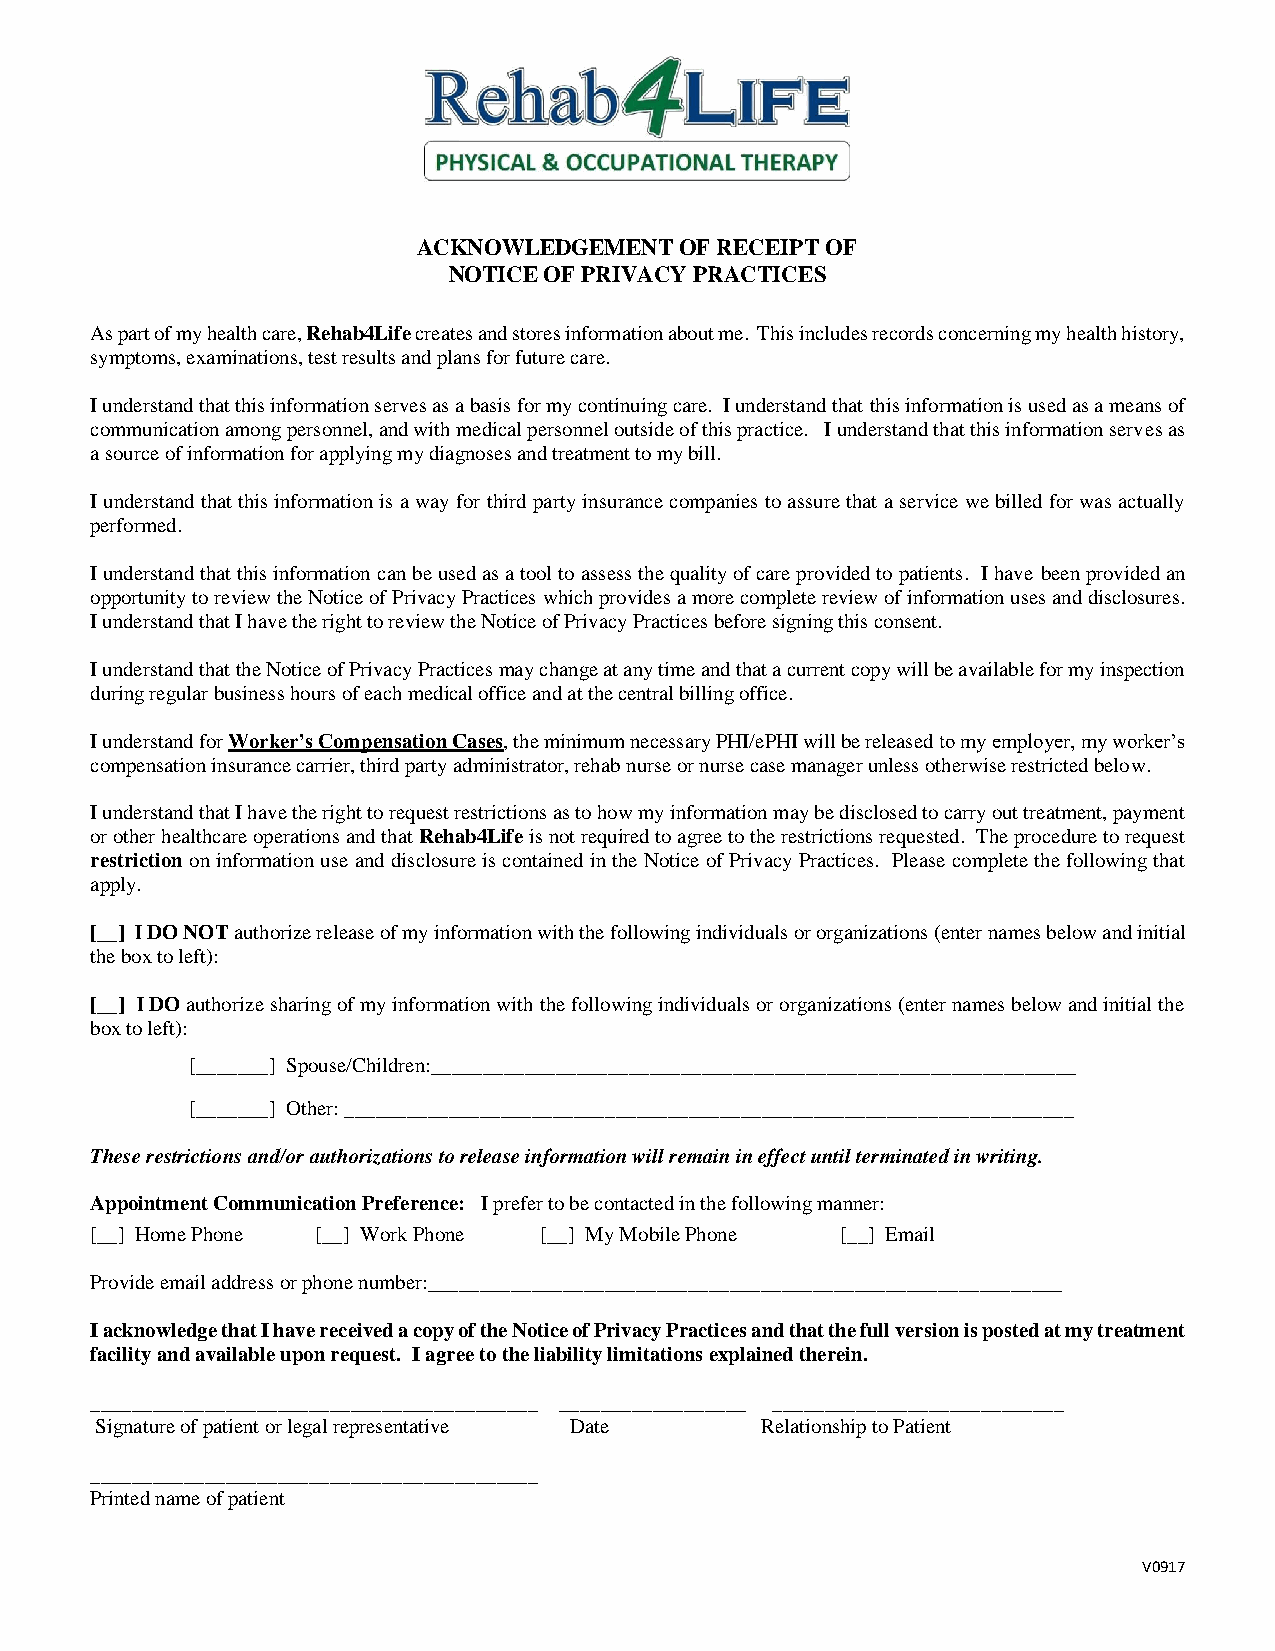
ACKNOWLEDGEMENT  OF RECEIPT OF
 NOTICE OF PRIVACY PRACTICES
 As part of my health care, Rehab4Life creates and stores information about me. This includes records concerning my health history,
 symptoms, examinations, test results and plans for future care.
 I understand that this information serves as a basis for my continuing care. I understand that this information is used as a means of
 communication among personnel, and with medical personnel outside of this practice. I understand that this information serves as
 a source of information for applying my diagnoses and treatment to my bill.
 I understand that this information is a way for third party insurance companies to assure that a service we billed for was actually
 performed.
 I understand that this information can be used as a tool to assess the quality of care provided to patients. I have been provided an
 opportunity to review the Notice of Privacy Practices which provides a more complete review of information uses and disclosures.
 I understand that I have the right to review the Notice of Privacy Practices before signing this consent.
 I understand that the Notice of Privacy Practices may change at any time and that a current copy will be available for my inspection
 during regular business hours of each medical office and at the central billing office.
 I understand for Worker’s Compensation Cases, the minimum necessary PHI/ePHI will be released to my employer, my worker’s
 compensation insurance carrier, third party administrator, rehab nurse or nurse case manager unless otherwise restricted below.
 I understand that I have the right to request restrictions as to how my information may be disclosed to carry out treatment, payment
 or other healthcare operations and that Rehab4Life is not required to agree to the restrictions requested. The procedure to request
 restriction on information use and disclosure is contained in the Notice of Privacy Practices. Please complete the following that
 apply.
 [__] I DO NOT authorize release of my information with the following individuals or organizations (enter names below and initial
 the box to left):
 [__] I DO authorize sharing of my information with the following individuals or organizations (enter names below and initial the
 box to left):
 [_______] Spouse/Children:______________________________________________________________
 [_______] Other: ______________________________________________________________________
 These restrictions and/or authorizations to release information will remain in effect until terminated in writing.
 Appointment Communication Preference: I prefer to be contacted in the following manner:
 [__] Home Phone [__] Work Phone [__] My Mobile Phone [__] Email
 Provide email address or phone number:_____________________________________________________________
 I acknowledge that I have received a copy of the Notice of Privacy Practices and that the full version is posted at my treatment
 facility and available upon request. I agree to the liability limitations explained therein.
 ___________________________________________ __________________ ____________________________
 Signature of patient or legal representative Date Relationship to Patient
 ___________________________________________
 Printed name of patient
 V0917